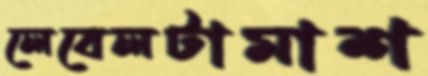
লেবেলটামাশ